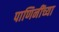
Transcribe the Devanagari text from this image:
पाणिनींच्या